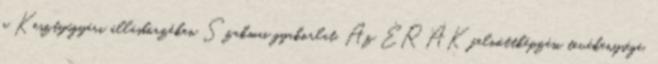
a Kesztyűgyári állásbörzéken Szakmai gyakorlat. Az ÉRÁK felnőttképzési tevékenysége,